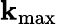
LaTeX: \mathbf{k}_{\mathrm{{max}}}